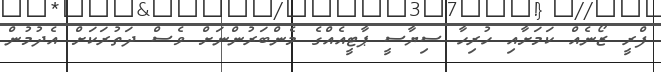
ފްރީ ޒޯނެއް ކަމަށާއި ހުރިހާ ސިޔާސީ ޕާޓީއެއްގެ މެންބަރުންނަށް ވެސް ދަތުރަކަށް އެދުމުން